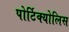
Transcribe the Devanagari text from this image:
पोर्टिक्योलिस